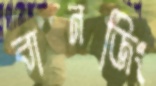
বানজিং